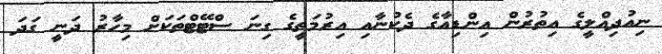
ނިއުދިއްލީގެ އިތުރުން އިންޑިއާގެ ދެކުނާއި އިރުމަތީގެ ގިނަ ސްޓޭޓްތަކަށް މިހާރު ދަނީ ގަދަ